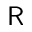
\mathsf { R }